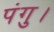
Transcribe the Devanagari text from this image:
पंगु।